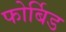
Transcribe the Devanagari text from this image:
फोर्बिड